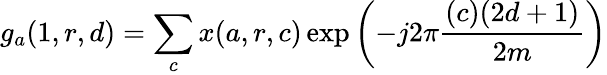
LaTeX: g_{a}(1,r,d)=\sum_{c}x(a,r,c)\exp\left(-j2\pi{\frac{(c)(2d+1)}{2m}}\right)